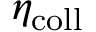
\eta _ { \mathrm { c o l l } }